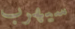
سيهرب